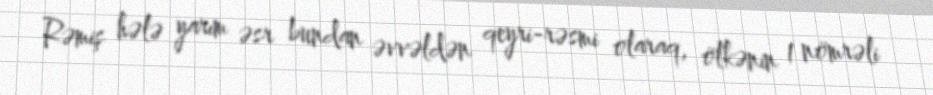
Rəmiş hələ yarım əsr bundan əvvəldən qeyri-rəsmi olaraq, ölkənin 1 nömrəli